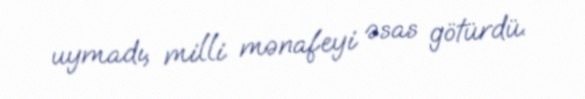
uymadı, milli mənafeyi əsas götürdü.